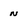
Character: n